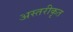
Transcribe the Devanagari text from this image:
अस्तरीकृत